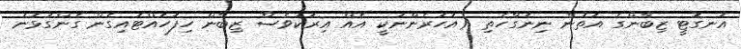
އަނގޮޓީ ޒިބާންގެ އަތުން ނިނަގާހެތި (އަަހަރެންނަކީ އެއް އިރަކުވެސް ޒިބާން ހިފަހައްޓައިގެން ގެންގުޅުނު